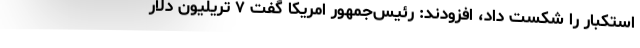
استکبار را شکست داد، افزودند: رئیس‌جمهور امریکا گفت ۷ تریلیون دلار